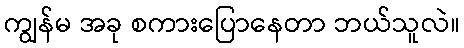
ကျွန်မ အခု စကားပြောနေတာ ဘယ်သူလဲ။